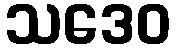
သဒေဝ